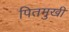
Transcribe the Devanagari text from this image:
पितमुखी